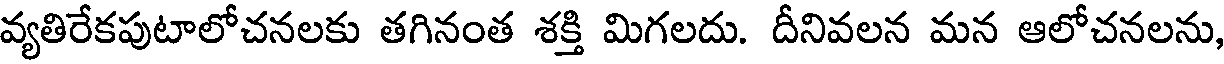
వ్యతిరేకపుటాలోచనలకు తగినంత శక్తి మిగలదు. దీనివలన మన ఆలోచనలను,